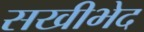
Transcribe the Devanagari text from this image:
सखीभेद